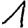
Digit: 1